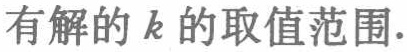
有解的\(k\)的取值范围.